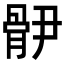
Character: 𩨫